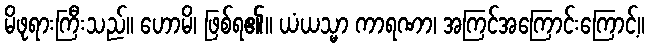
မိဖုရားကြီးသည်။ ဟောမိ၊ ဖြစ်ရ၏။ ယံယသ္မာ ကာရဏာ၊ အကြင်အကြောင်းကြောင့်။